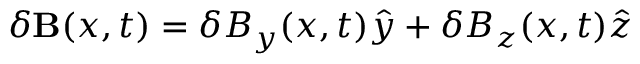
\delta { \bf B } ( x , t ) = \delta { B _ { y } ( x , t ) } \hat { y } + \delta { B _ { z } ( x , t ) } \hat { z }